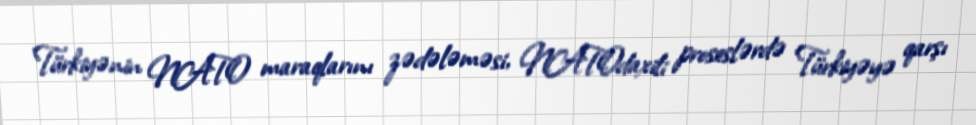
Türkiyənin NATO maraqlarını zədələməsi, NATOdaxili proseslərdə Türkiyəyə qarşı